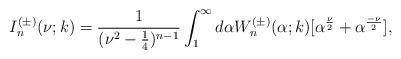
LaTeX: \begin{align*}I^{(\pm)}_n(\nu;k)=\frac{1}{(\nu^2-\frac{1}{4})^{n-1}}\int_{1}^{\infty}d\alpha W^{(\pm)}_n(\alpha;k)[\alpha^{\frac{\nu}{2}}+\alpha^{\frac{-\nu}{2}}],\end{align*}